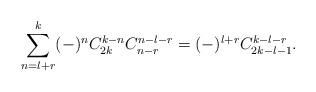
LaTeX: \begin{align*}\sum_{n=l+r}^k (-)^n C_{2k}^{k-n} C_{n-r}^{n-l-r} = (-)^{l+r} C_{2k-l-1}^{k-l-r}.\end{align*}